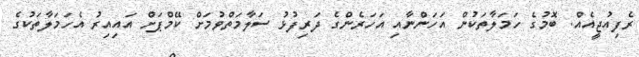
ރެފިއުޖީއެއް. ބޮމުގެ ހަމަލާތަކުން އަހަންނާއި އަހަރެންގެ ދަރިފުޅު ސަލާމަތްވުމަށް ކޭމްޕަށް އައިއިރު އެހަމަލާތަކުގެ